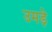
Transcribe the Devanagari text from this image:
उमड़े